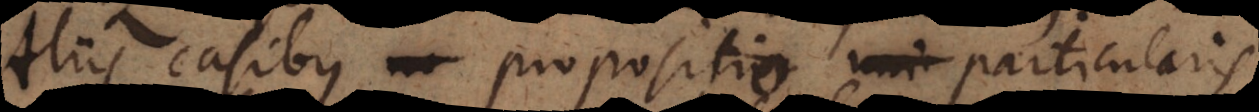
Aliis casibus propositio particularis